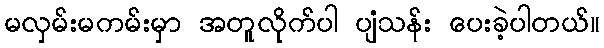
မလှမ်းမကမ်းမှာ အတူလိုက်ပါ ပျံသန်း ပေးခဲ့ပါတယ်။